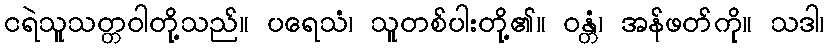
ငရဲသူသတ္တဝါတို့သည်။ ပရေသံ၊ သူတစ်ပါးတို့၏။ ဝန္တံ၊ အန်ဖတ်ကို။ သဒါ၊